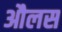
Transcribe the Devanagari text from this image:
औलस